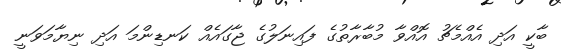
ބާކީ އަދި އެއްމެޗު އޮއްވާ މުބާރާތުގެ ފައިނަލުގެ ޖާގައެއް ކަނޑިންމަ އަދި ނިޔާމަވަނީ